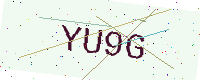
Text: YU9G